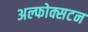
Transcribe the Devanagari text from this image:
अल्फोक्सटन